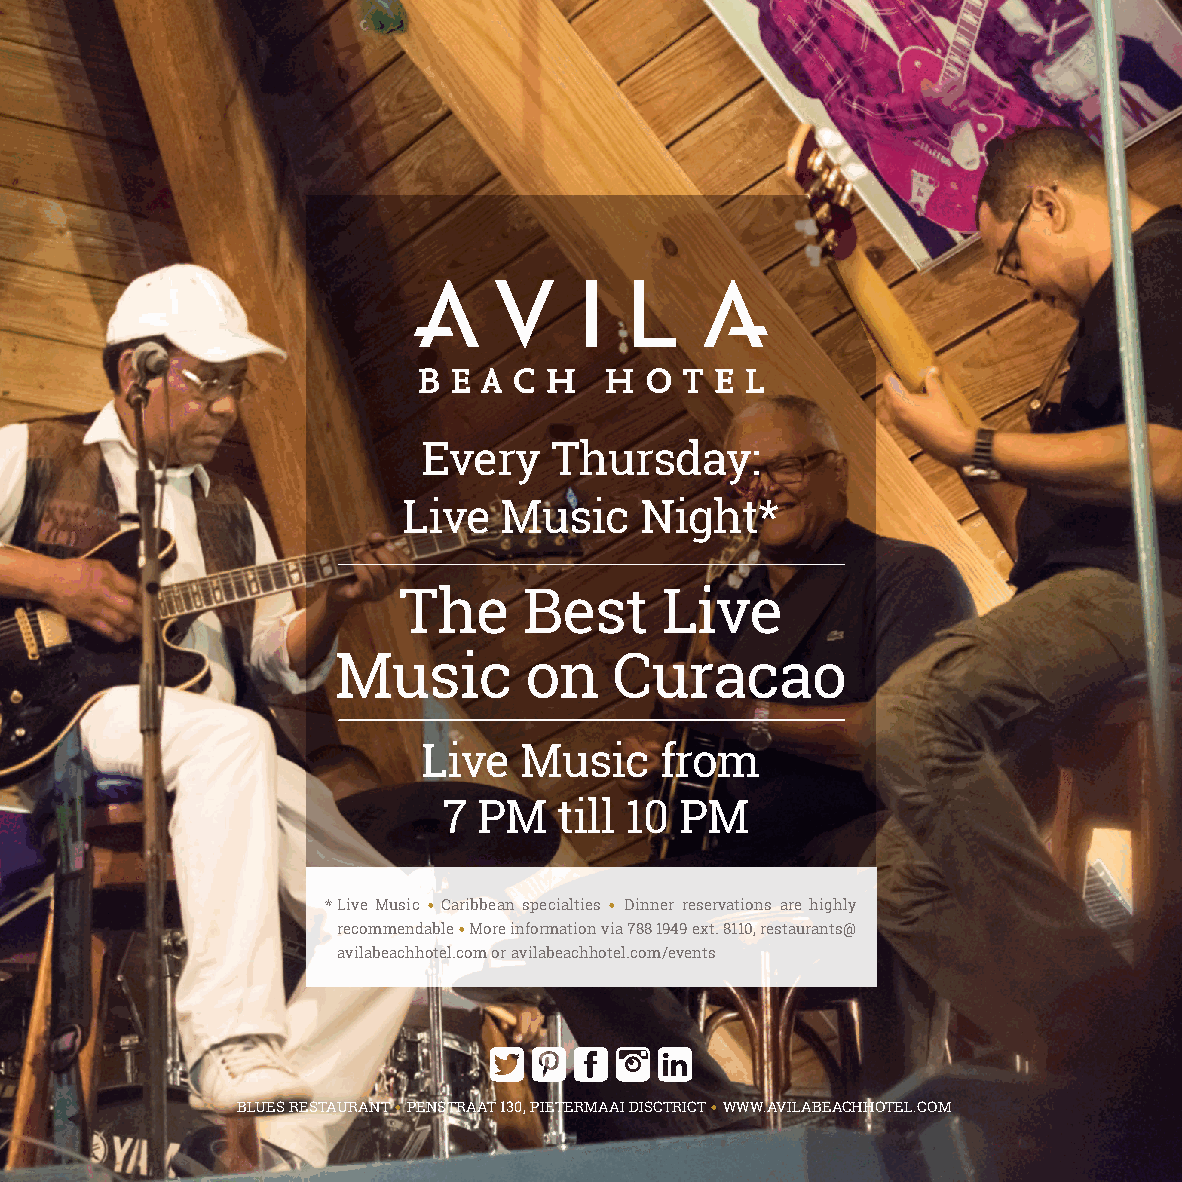
Every   Thursday:
 Live  Music    Night*
 The      Best     Live
 Music        on    Curacao
 Live  Music     from
 7  PM   till 10 PM
 * Live Music • Caribbean specialties • Dinner reservations are highly
 recommendable • More information via 788 1949 ext. 8110, restaurants@
 avilabeachhotel.com or avilabeachhotel.com/events
 BLUES RESTAURANT • PENSTRAAT 130, PIETERMAAI DISCTRICT • WWW.AVILABEACHHOTEL.COM